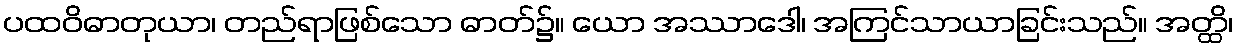
ပထဝိဓာတုယာ၊ တည်ရာဖြစ်သော ဓာတ်၌။ ယော အဿာဒေါ၊ အကြင်သာယာခြင်းသည်။ အတ္ထိ၊